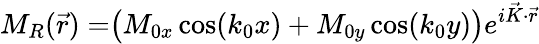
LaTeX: M_{R}(\vec{r})=\bigr(M_{0x}\cos(k_{0}x)+M_{0y}\cos(k_{0}y)\bigr)e^{i\vec{K}\cdot\vec{r}}